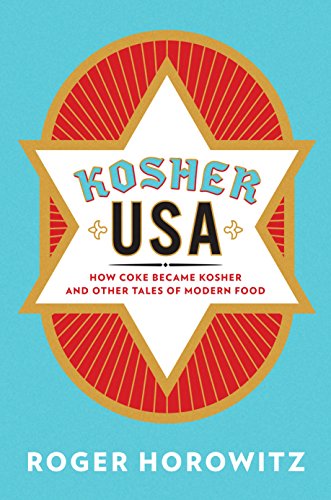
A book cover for Kosher USA: How Coke Became Kosher and Other Tales of Modern Food (Arts and Traditions of the Table: Perspectives on Culinary History); Roger Horowitz; Cookbooks, Food & Wine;